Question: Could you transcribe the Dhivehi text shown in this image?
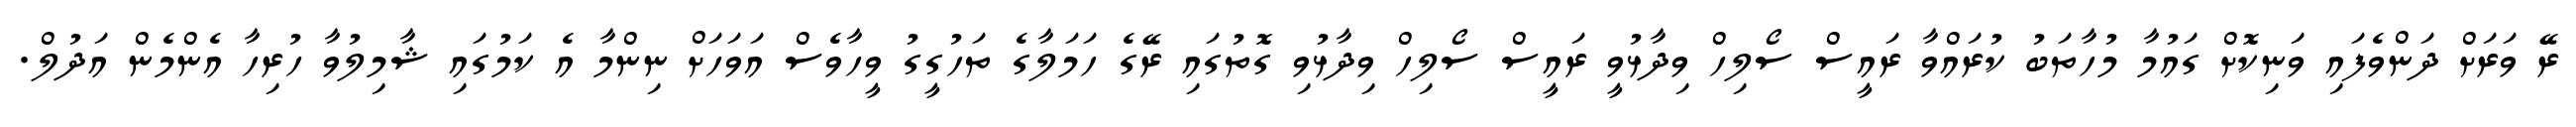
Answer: ރޭ ވަރަށް ދަންވެފައި ވަނިކޮށް ގައުމާ މުހާތަބު ކުރައްވާ ރައީސް ސޯލިހް ވިދާޅުވީ ރައީސް ސޯލިހް ވިދާޅުވި ގޮތުގައި ރޭގެ ހަމަލާގެ ތަހުގީގު ވީހާވެސް އަވަހަށް ނިންމާ އެ ކަމުގައި ޝާމިލުވާ ހުރިހާ އެންމެން އަދުލް.